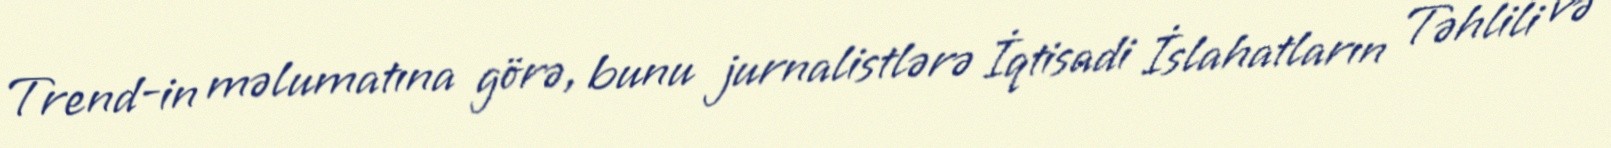
Trend-in məlumatına görə, bunu jurnalistlərə İqtisadi İslahatların Təhlili və